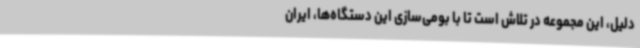
دلیل، این مجموعه در تلاش است تا با بومی‌سازی این دستگاه‌ها، ایران